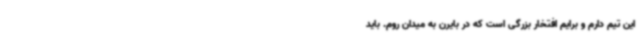
این تیم دارم و برایم افتخار بزرگی است که در بایرن به میدان روم. باید